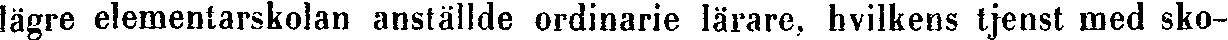
lägre elementarskolan anställde ordinarie lärare, hvilkens tjenst med sko-